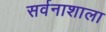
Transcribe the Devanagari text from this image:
सर्वनाशाला